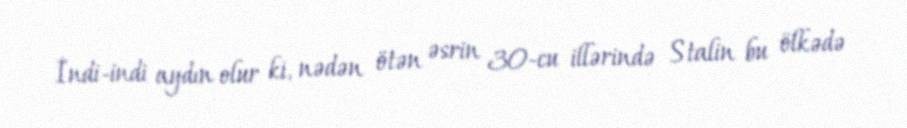
İndi-indi aydın olur ki, nədən ötən əsrin 30-cu illərində Stalin bu ölkədə